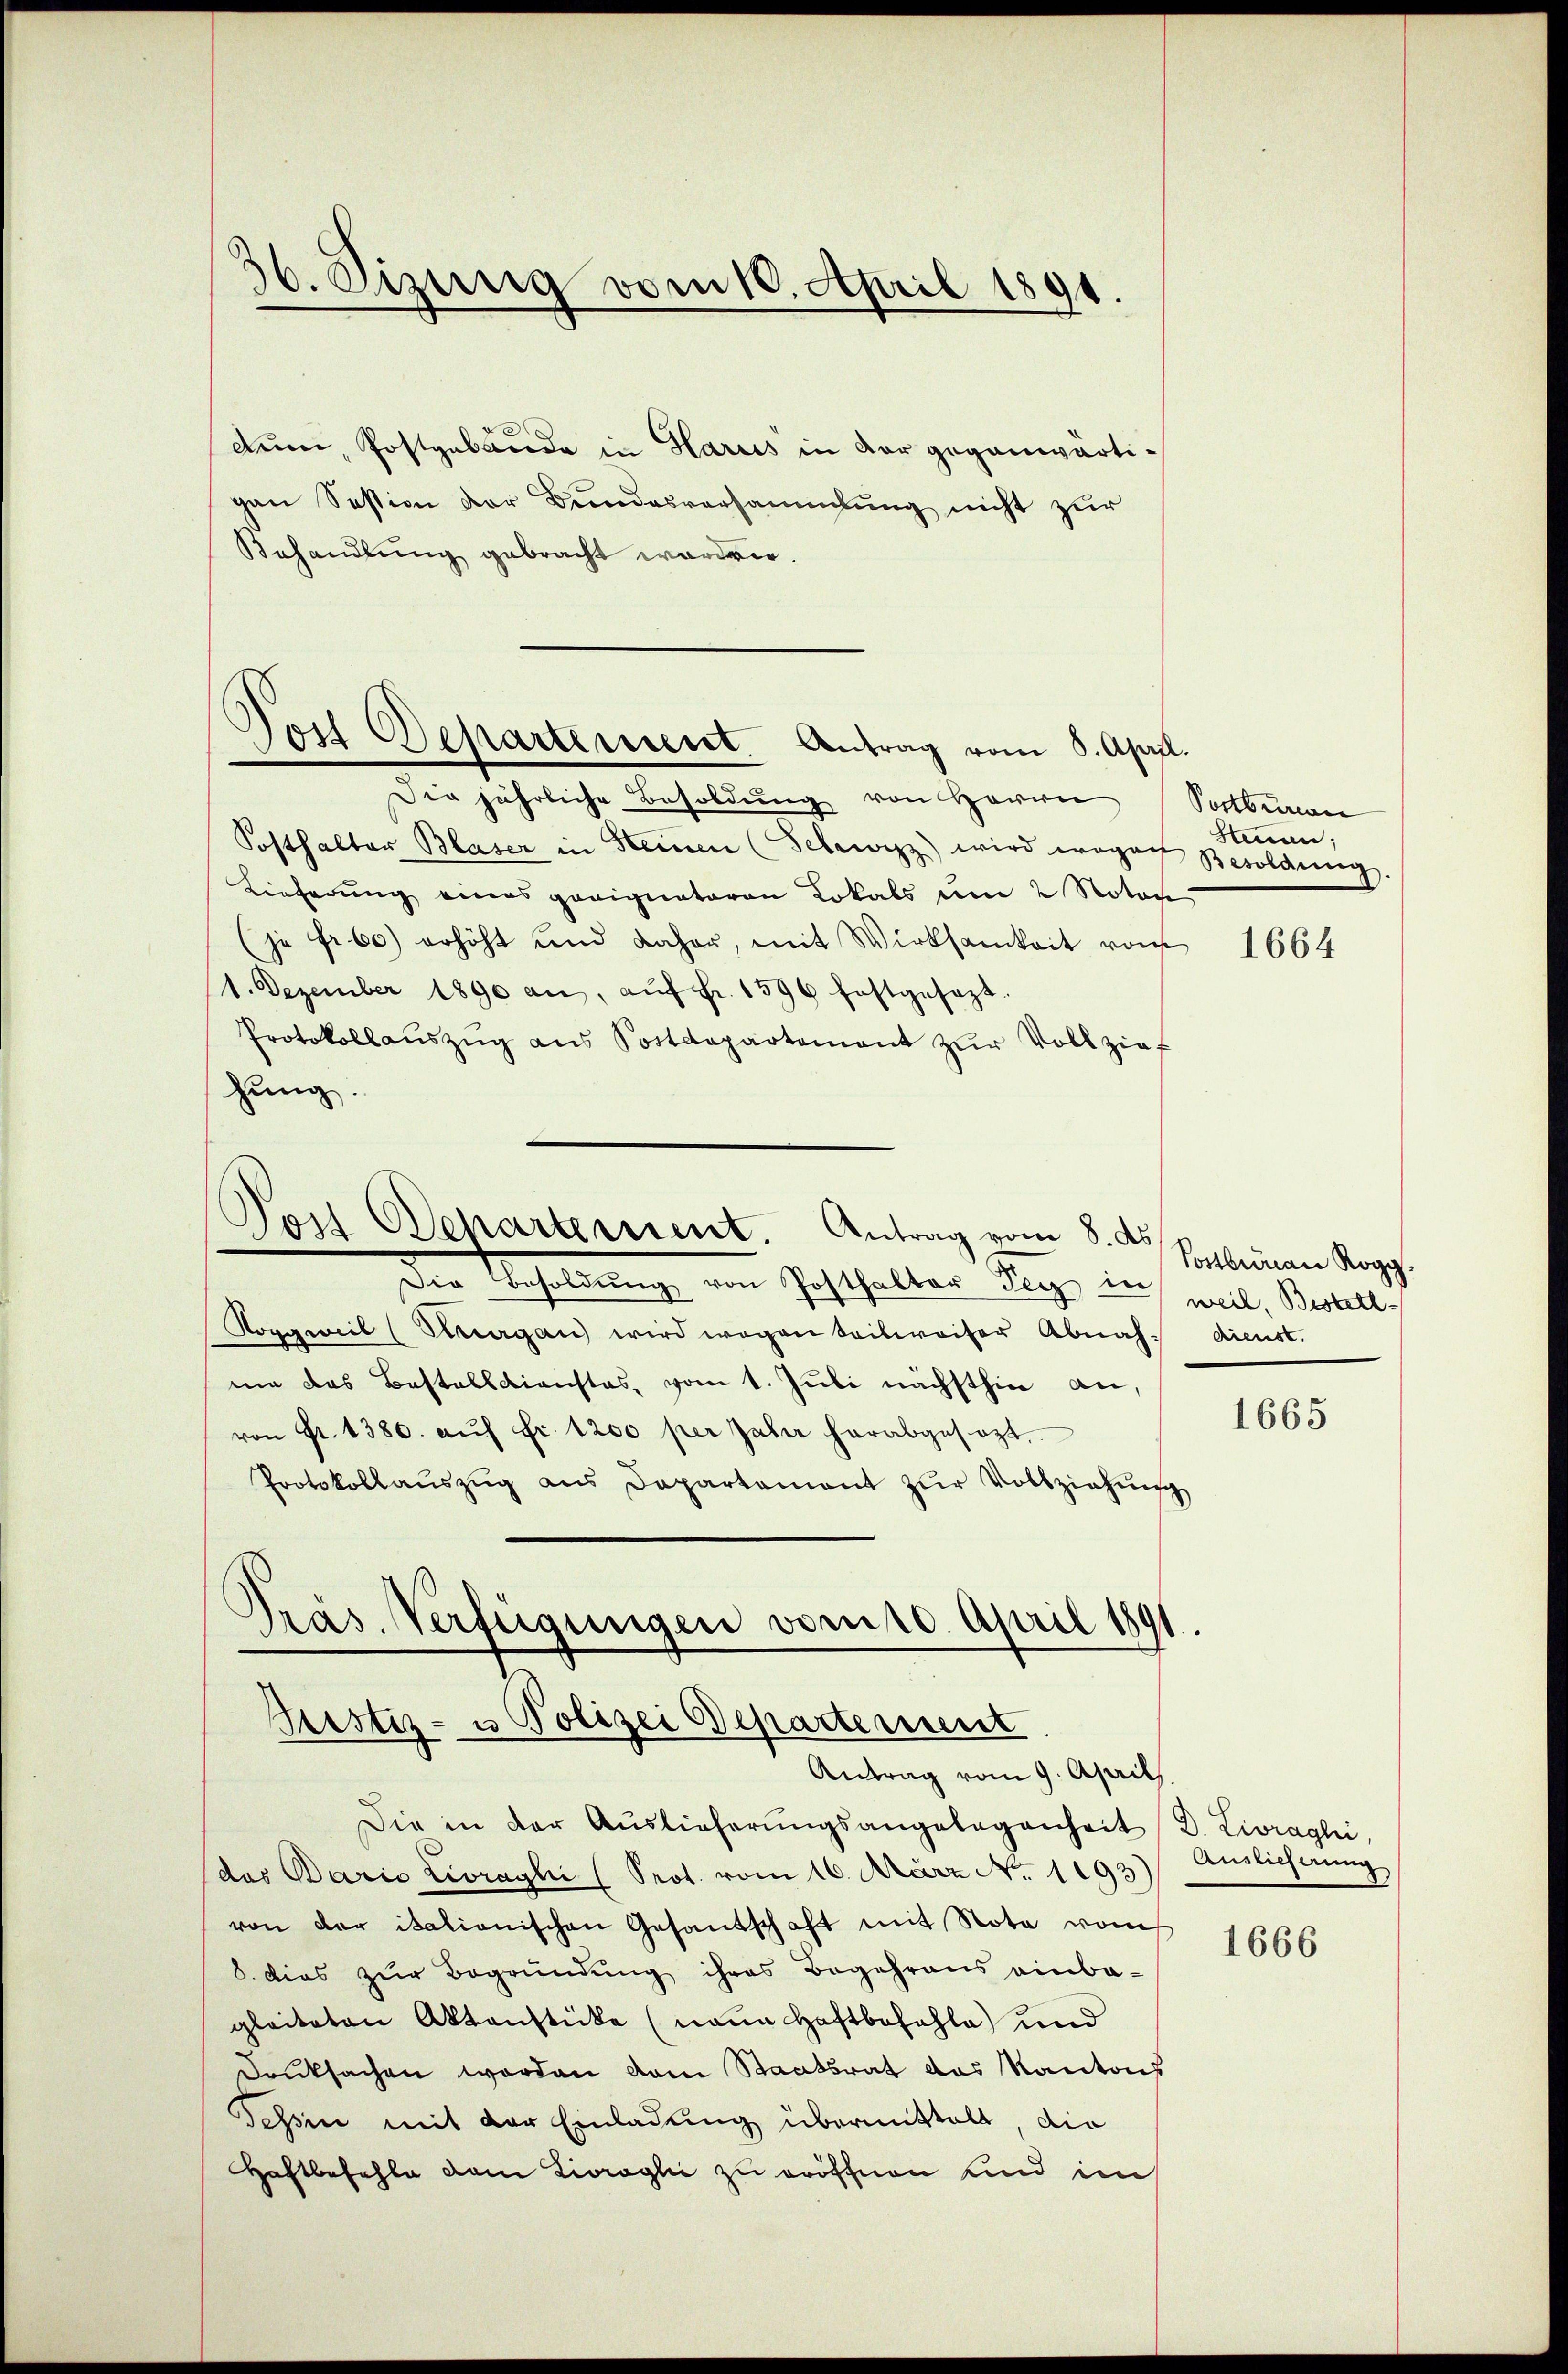
36. Sizung vom 10. April 1891.

0x
dem, Postgabande in Harus in der gegenwärtigen Session der Bundesversammlung nicht zur
Behandlung gebracht worden.

Post Departement. Antrag vom 8. April.

Die jährliche Besoldŭng von Herrn Postbureau
Sosthalter Blaser in Steinen (Schwyz) wird wegen Besoldung.
Lieferŭng eines geeignataren Lokals ŭm 2 Notar
(je fr. 60) erhöht und daher, mit Wirksamkeit vom
1. Dezember 1890 an, aŭf Fr. 1596 festgesezt.
Protokollaŭszŭg ans Postdepartement zŭr Vollzief
hung.

Post Departement. Antrag vom 8. d. Plan Rogg.

Der Besoldung von Gasthalter Wege in weil, Basell,
Koggweil (Sargau wird wegen teilweiser Abnah dienst.
me das Bestalldienstes, vom 1. Jŭli nächsthin an,
von Fr. 1380. aŭf Fr. 1200 per Jahr herabgesezt.
Protokollaŭszŭg ans Departament zŭr Vollziehŭng

Präs. Verfügungen vom 10. April 189
Justiz- u Polizei Departement
Antrag vom 9. April.

Die in der Auslieferŭngsangelegenheit d. Livraghi,
das Dario Livraghi (Prot. vom 16. März No. 1193)
von der itationischen Gesandschaft mit Note vom
8. dies zur Begründung ihres Begehrens einba-
gleiteten Aktenstücke (naue Haftbefehle) und
druksachen worden vom Staatsrat das Kantons
Pehin mit der Einladung übermittelt, die
Haftbefehle von Livregli zu eröffnen und im

Stennen;

1664

1665

Auslieferung

1666